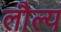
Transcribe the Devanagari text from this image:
लौल्य